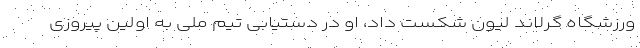
ورزشگاه گرلاند لیون شکست داد، او در دستیابی تیم ملی به اولین پیروزی